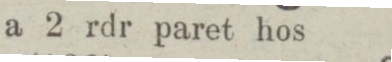
a 2 rdr paret hos